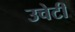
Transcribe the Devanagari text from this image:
उचेटी